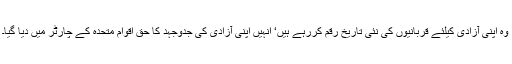
وہ اپنی آزادی کیلئے قربانیوں کی نئی تاریخ رقم کررہے ہیں‘ انہیں اپنی آزادی کی جدوجہد کا حق اقوام متحدہ کے چارٹر میں دیا گیا۔